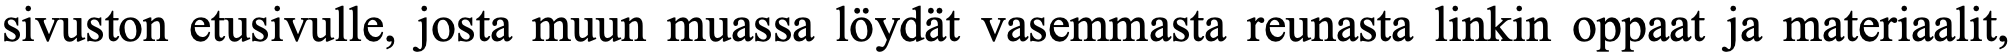
sivuston etusivulle, josta muun muassa löydät vasemmasta reunasta linkin oppaat ja materiaalit,